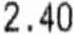
2.40